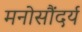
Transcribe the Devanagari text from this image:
मनोसौंदर्य